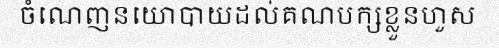
ចំណេញនយោបាយដល់គណបក្សខ្លួនហួស